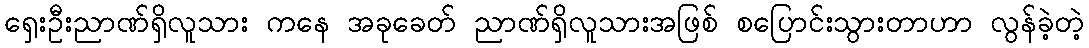
ရှေးဦးညာဏ်ရှိလူသား ကနေ အခုခေတ် ညာဏ်ရှိလူသားအဖြစ် စပြောင်းသွားတာဟာ လွန်ခဲ့တဲ့